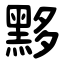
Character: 黟